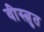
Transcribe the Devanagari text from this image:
वीस्त्रुत